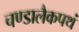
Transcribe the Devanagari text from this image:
चण्डालैकपथं